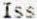
ISS